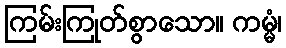
ကြမ်းကြုတ်စွာသော။ ကမ္မံ၊